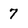
Character: 7